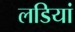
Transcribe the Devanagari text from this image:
लडियां